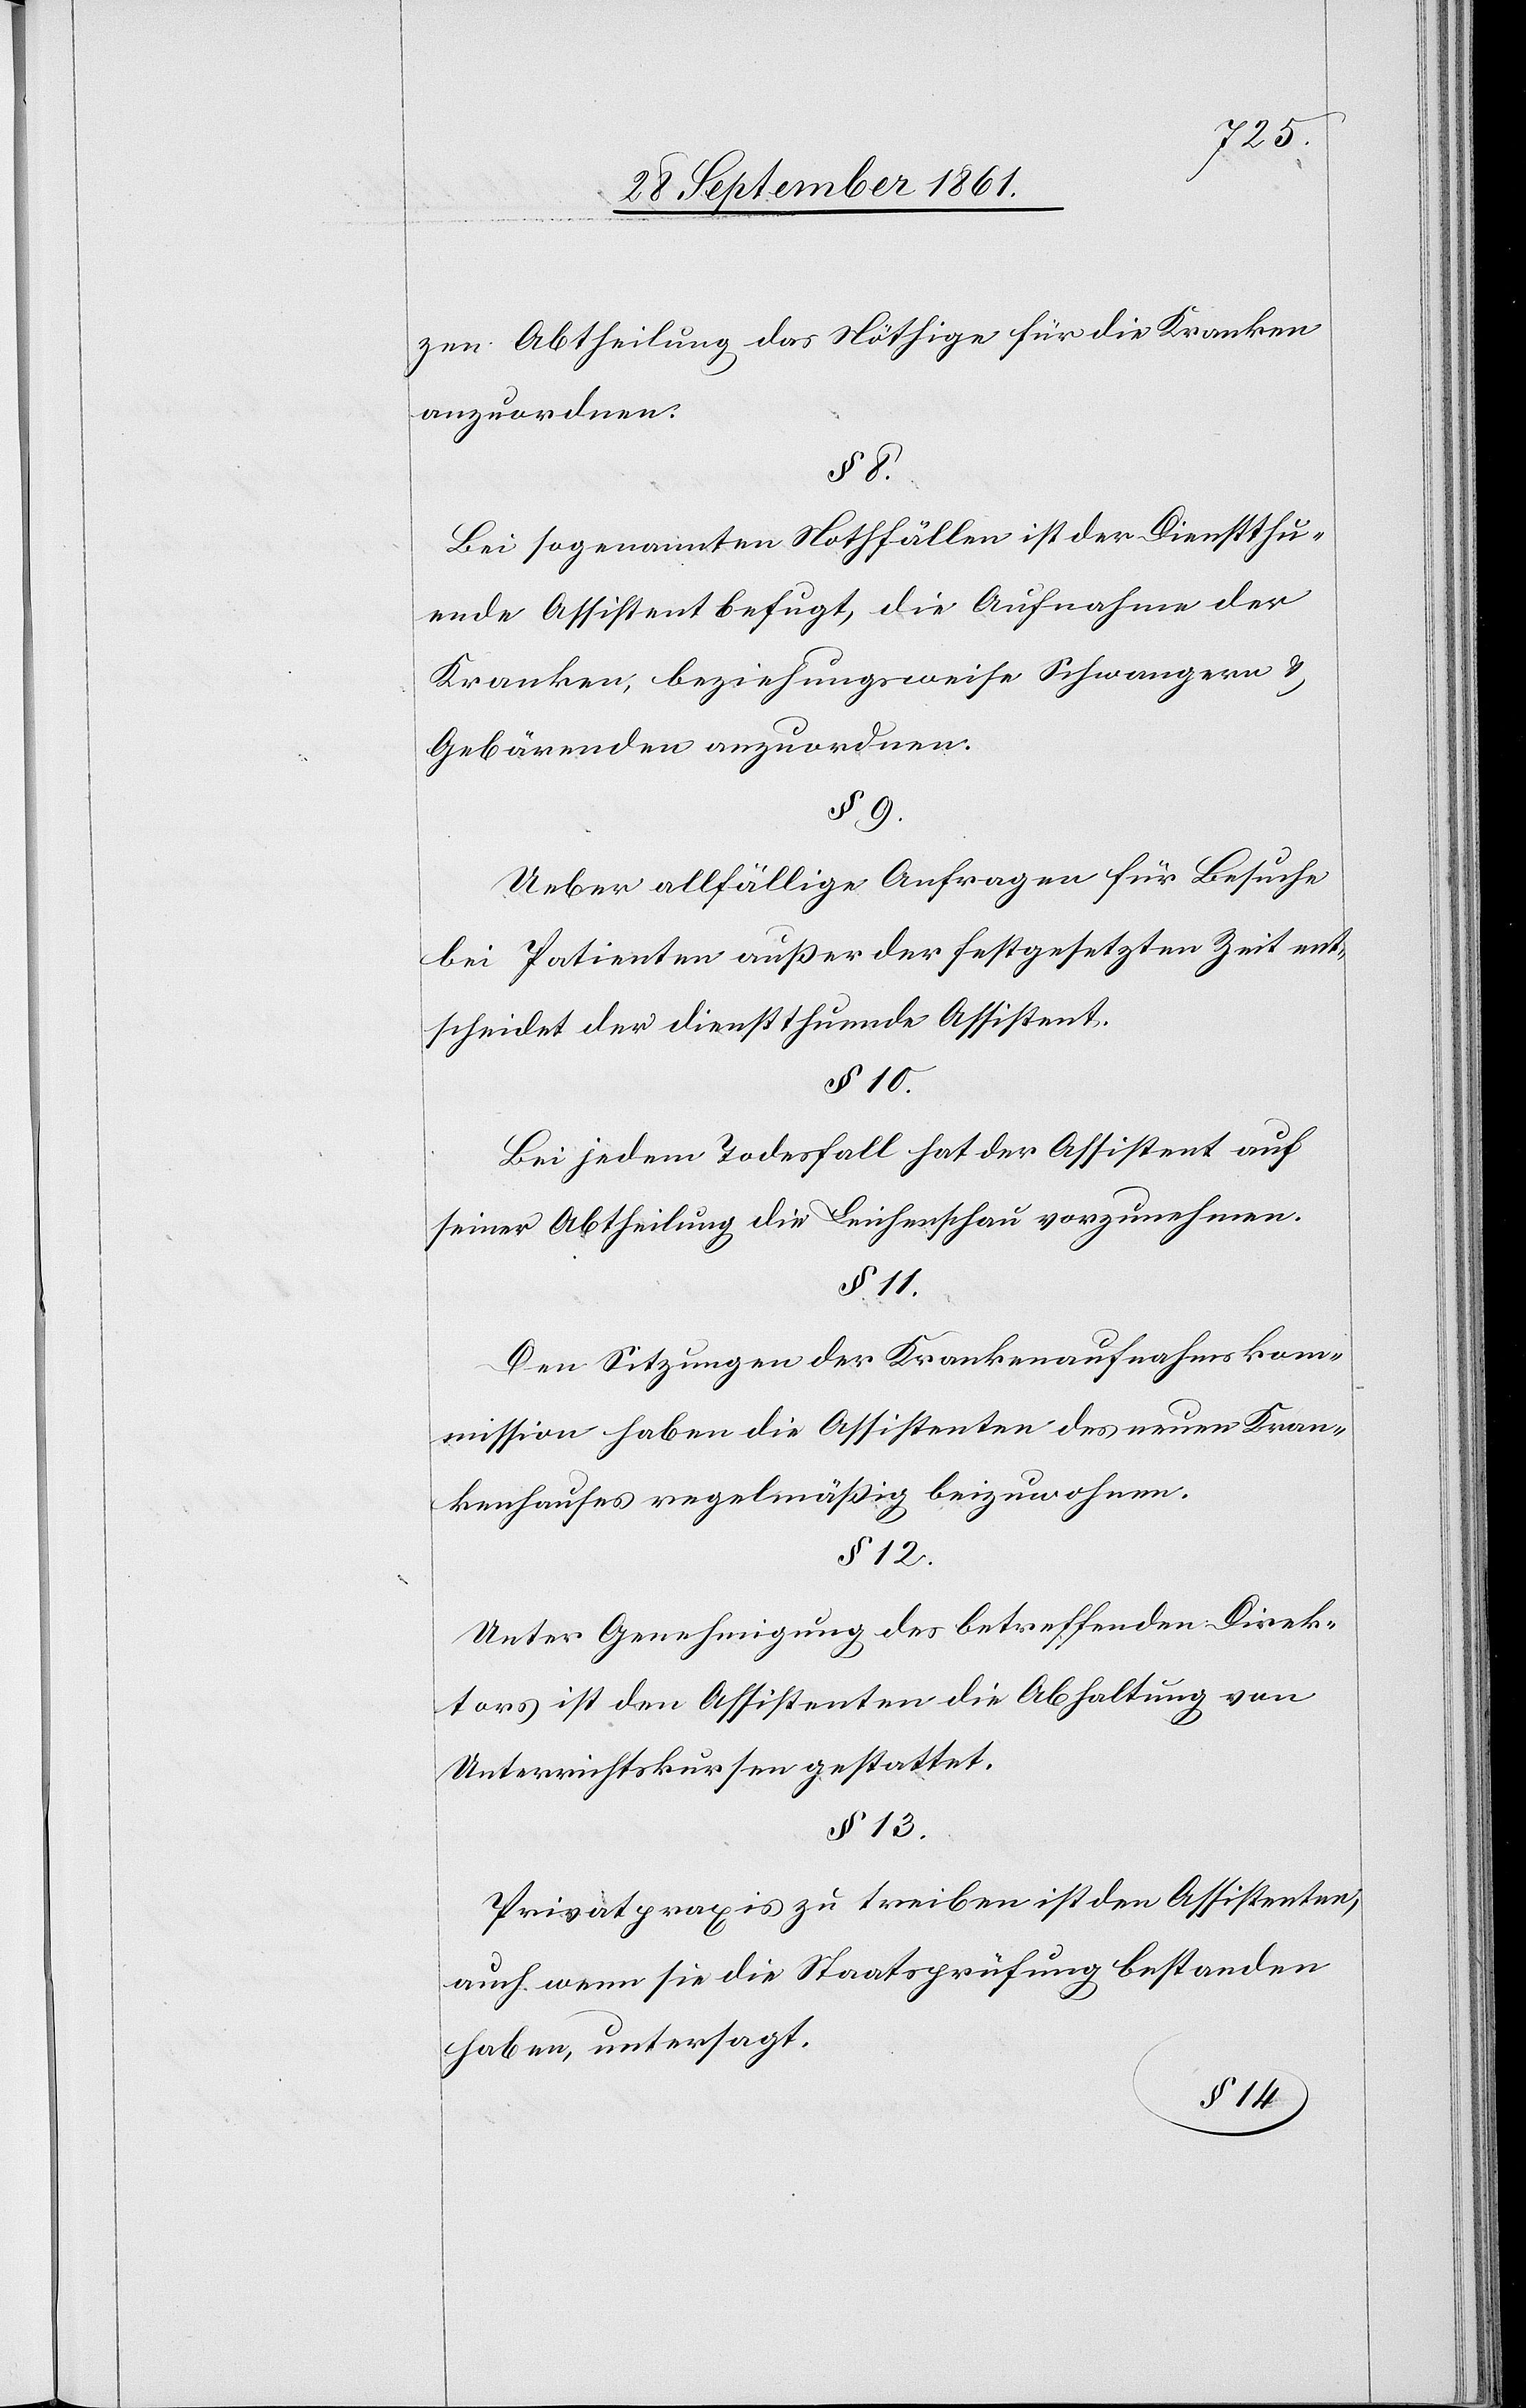
zen Abtheilung das Nöthige für die Kranken
anzuordnen.
§ 8.
Bei sogenannten Nothfällen ist der Dienstsuch¬
ende Assistent befugt, die Aufnahme der
Kranken, beziehungsweise Schwangeren u.
Gebärenden anzuordnen.
§ 9.
Ueber allfällige Anfragen für Besuche
bei Patienten außer der festgesetzten Zeit ent¬
scheidet der dienstsuchende Assistent.
§ 10.
Bei jedem Todesfall hat der Assistent auf
seiner Abtheilung die Leichenschau vorzunehmen.
§ 11.
Den Sitzungen der Krankenaufnahmskom¬
mission haben die Assistenten des neuen Kran¬
kenhauses regelmäßig beizuwohnen.
§ 12.
Unter Genehmigung des betreffenden Direk¬
tors ist den Assistenten die Abhaltung von
Unterrichtskursen gestattet.
§ 13.
Privatpraxis zu treiben ist den Assistenten,
auch wenn sie die Staatsprüfung bestanden
haben, untersagt.